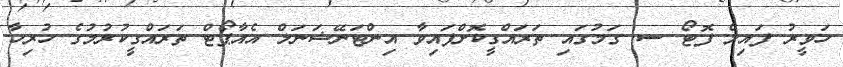
ހަވީރު ފައިލް ފޮޓޯ ސ. ގަމުގައި ތަރައްގީކޮށްފައިވާ އިންޓަނޭޝަނަލް އެއާޕޯޓް ތަރައްގީކުރުމުގެ ހުރިހާ